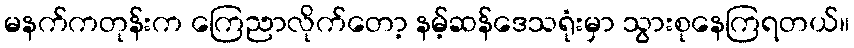
မနက်ကတုန်းက ကြေညာလိုက်တော့ နမ့်ဆန်ဒေသရုံးမှာ သွားစုနေကြရတယ်။